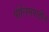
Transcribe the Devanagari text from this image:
पोलिसपाटील